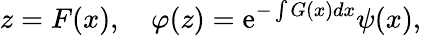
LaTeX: z=F(x),\quad\varphi(z)=\mathrm{e}^{-\int G(x)dx}\psi(x),